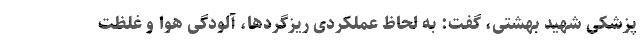
پزشکی شهید بهشتی، گفت: به لحاظ عملکردی ریزگردها، آلودگی هوا و غلظت